65_HS1-834228961_62-HQ-83894_Section_6
Agency: FBI
Page 197
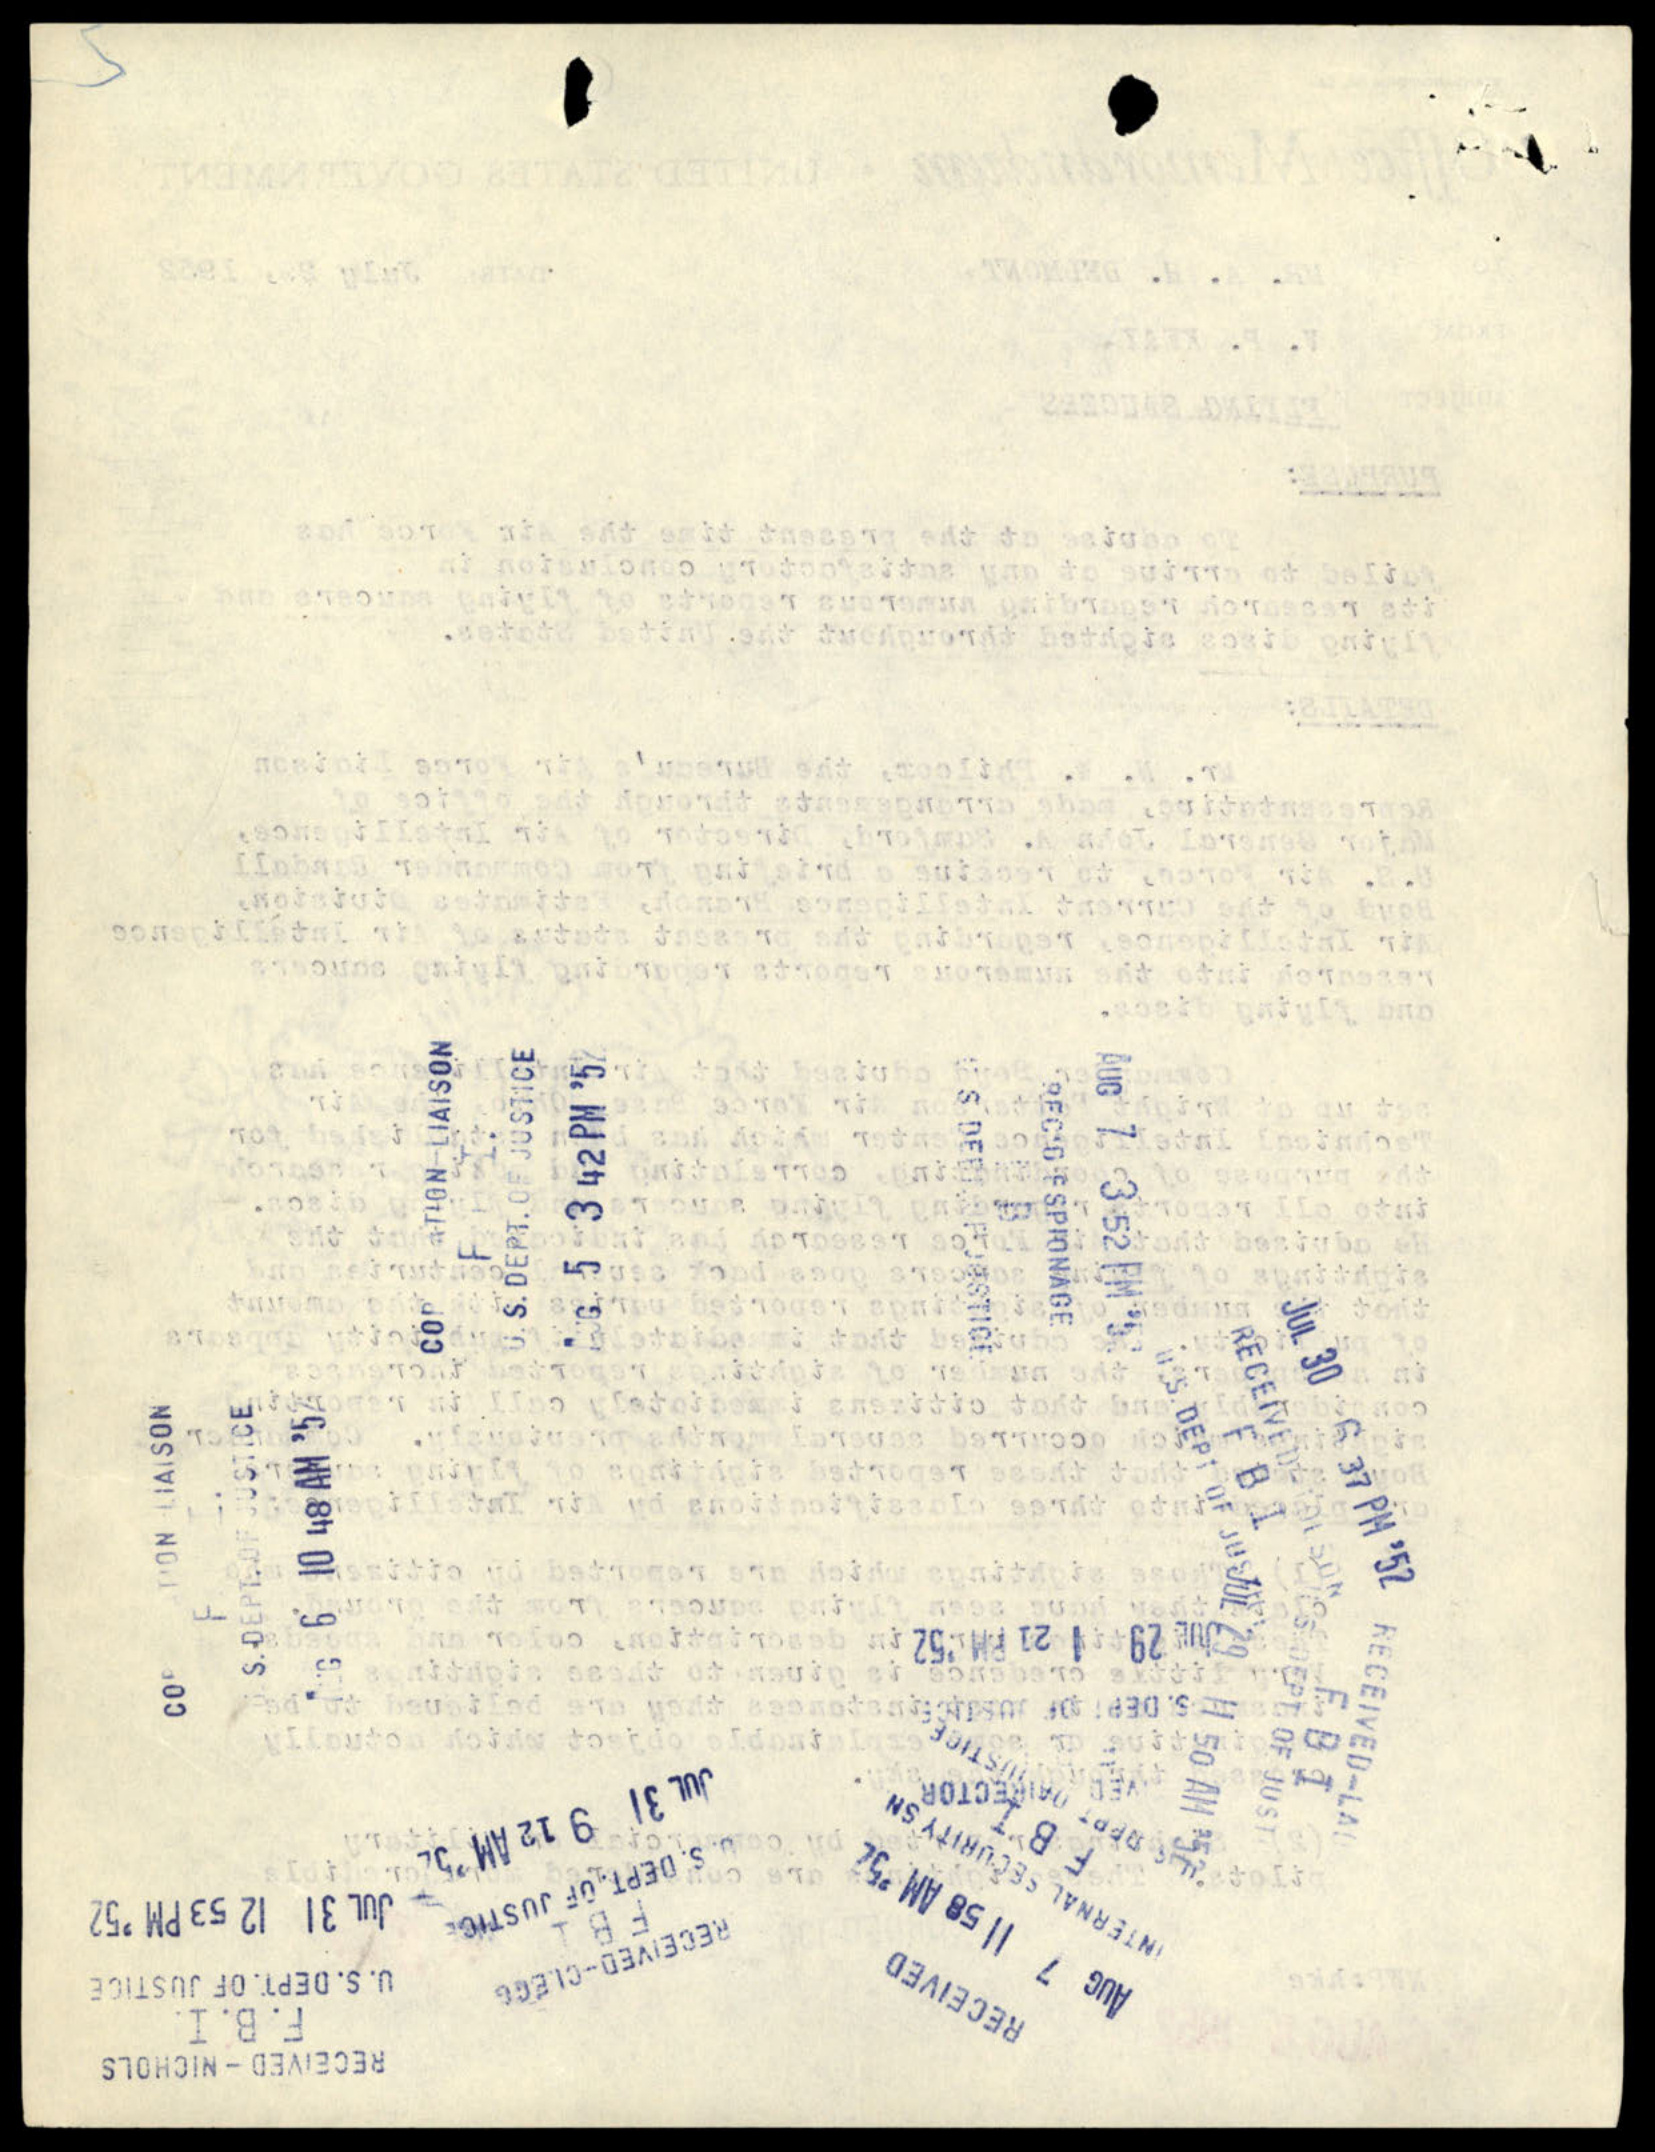